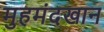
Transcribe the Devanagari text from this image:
मुहमंदखान